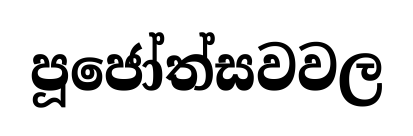
පූජෝත්සවවල